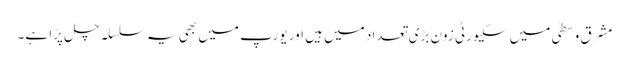
مشرق وسطیٰ میں سکیورٹی زون بڑی تعداد میں ہیں اور یورپ میں بھی یہ سلسلہ چل پڑا ہے۔